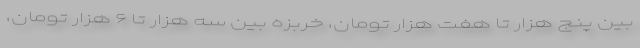
بین پنج هزار تا هفت هزار تومان، خربزه بین سه هزار تا ۶ هزار تومان،